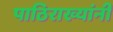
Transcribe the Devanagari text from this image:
पाठिराख्यांनी